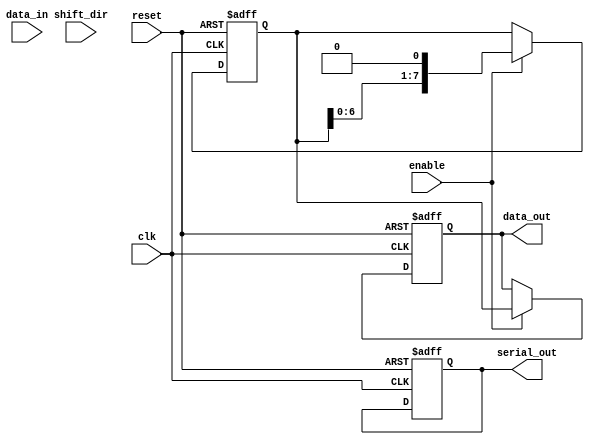
module parameterized_shift_register #(
    parameter DATA_WIDTH = 8, // Width of the data
    parameter MODE = "SIPO"    // Modes: "SIPO", "PISO", "SHIFT"
) (
    input wire clk,
    input wire reset,
    input wire [DATA_WIDTH-1:0] data_in,
    input wire shift_dir,      // 0 for left, 1 for right
    input wire enable,
    output reg [DATA_WIDTH-1:0] data_out, // For SIPO mode
    output reg serial_out       // For PISO mode
);

    reg [DATA_WIDTH-1:0] shift_reg; // Internal storage

    always @(posedge clk or posedge reset) begin
        if (reset) begin
            shift_reg <= {DATA_WIDTH{1'b0}}; // Clear register on reset
            data_out <= {DATA_WIDTH{1'b0}};
            serial_out <= 1'b0;
        end else if (enable) begin
            case (MODE)
                "PISO": begin
                    // Load data in parallel, shift out serially
                    shift_reg <= data_in;
                    serial_out <= shift_reg[DATA_WIDTH-1]; // Output serially
                    shift_reg <= {1'b0, shift_reg[DATA_WIDTH-1:1]}; // Shift left
                end
                "SIPO": begin
                    // Shift data in serially and provide parallel output
                    shift_reg <= {shift_reg[DATA_WIDTH-2:0], 1'b0}; // Shift left
                    data_out <= shift_reg; // Output in parallel
                end
                "SHIFT": begin
                    // Shift left or right depending on shift_dir
                    if (shift_dir) begin
                        shift_reg <= {1'b0, shift_reg[DATA_WIDTH-1:1]}; // Shift right
                    end else begin
                        shift_reg <= {shift_reg[DATA_WIDTH-2:0], 1'b0}; // Shift left
                    end
                end
                default: begin
                    // Default behavior (no operation)
                end
            endcase
        end
    end

endmodule